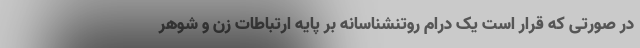
در صورتی که قرار است یک درام روتنشناسانه بر پایه ارتباطات زن و شوهر